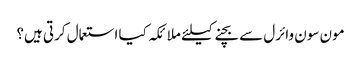
مون سون وائرل سے بچنےکیلئے ملائکہ کیا استعمال کرتی ہیں؟